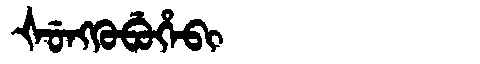
Manchu: ᡧᡠᠩᡴᡠᠪᡠᡥᡝᠪᡳ
Romanization: ŠUNGKUBUHEBI